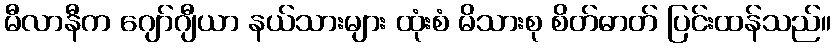
မီလာနီက ဂျော်ဂျီယာ နယ်သားများ ထုံးစံ မိသားစု စိတ်ဓာတ် ပြင်းထန်သည်။